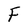
Character: F